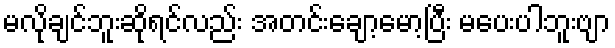
မလိုချင်ဘူးဆိုရင်လည်း အတင်းချော့မော့ပြီး မပေးပါဘူးဗျာ